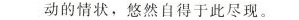
动的情状，悠然自得于此尽现。